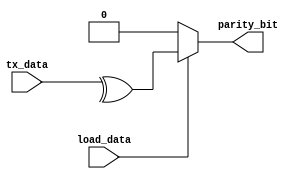

module parity_generator(parity_bit,tx_data,load_data);
output reg parity_bit;
input [7:0]tx_data;
input load_data;
always@(*)
begin
if (load_data)
parity_bit<=^tx_data;//sum of even number 1's exor result will be 0 and sum of odd number of 1's result is 1
else
parity_bit<=1'b0;
end
endmodule
/////10101011 --->odd parity ,sum =1